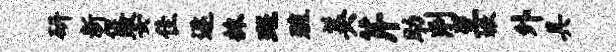
研新促娶隹逐抹斑殖美芹助削至嫩外具